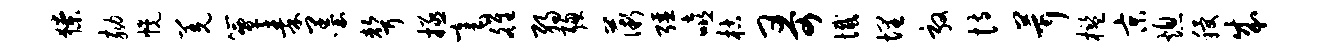
獠劾幌羌簟秦墨声拯毫雒弱聪薇强嘻枯哥憾埋敦恃茸槛京熄稷成